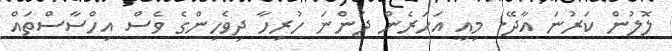
ލޮލުން ކަރުނަ އާދޭ. މިއީ އަހަރެން ދަންނަ ހުރިހާ ދިވެހިންގެ ވެސް އިހްސާސްތައް